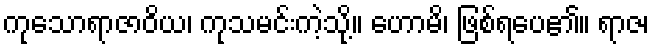
ကုသောရာဇာဝိယ၊ ကုသမင်းကဲ့သို့။ ဟောမိ၊ ဖြစ်ရပေ၏။ ရာဇ၊